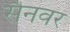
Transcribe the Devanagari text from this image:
सैनवर